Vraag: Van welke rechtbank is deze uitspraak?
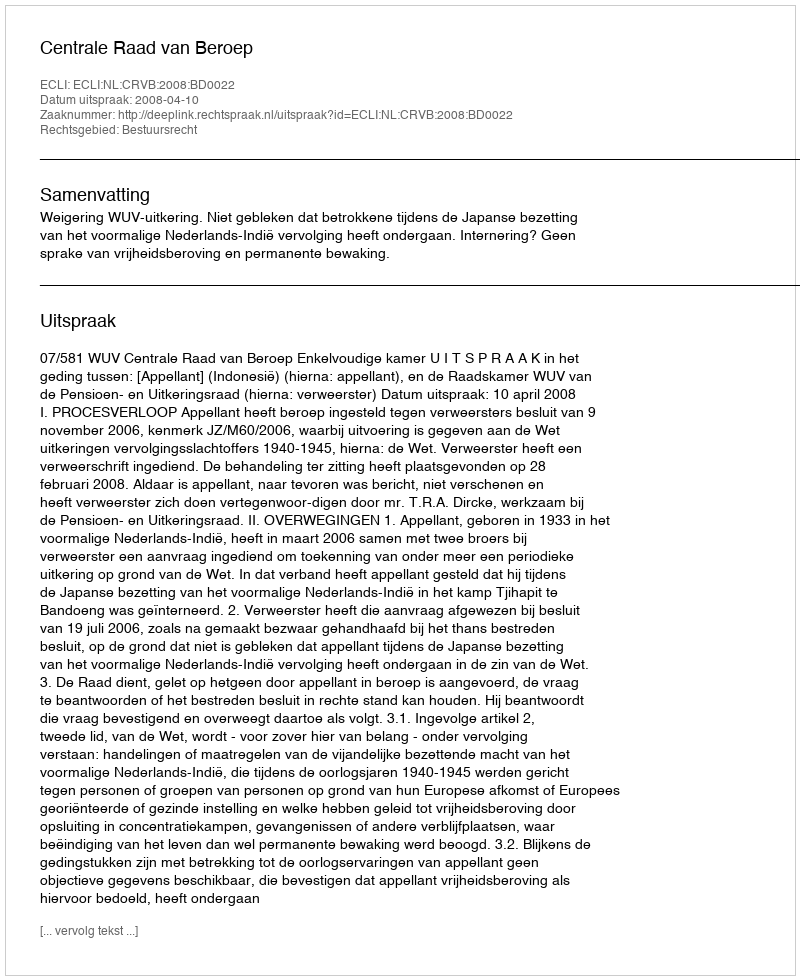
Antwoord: Centrale Raad van Beroep